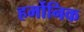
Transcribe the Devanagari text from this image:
हर्मोनिक